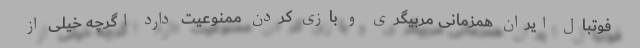
فوتبال ایران همزمانی مربیگری و بازی کردن ممنوعیت دارد اگرچه خیلی از